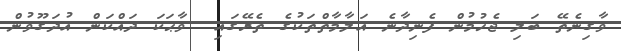
ވާގިނެތޭ ބަލި ޖެހުމުން ފެނިދާނެ އަލާމާތްތަކުގެ ތެރޭގައި  ވާޙަކަ ދައްކަން އުދަގޫވުން